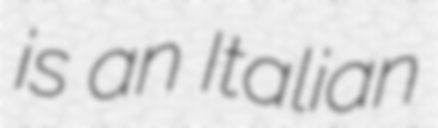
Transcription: is an Italian